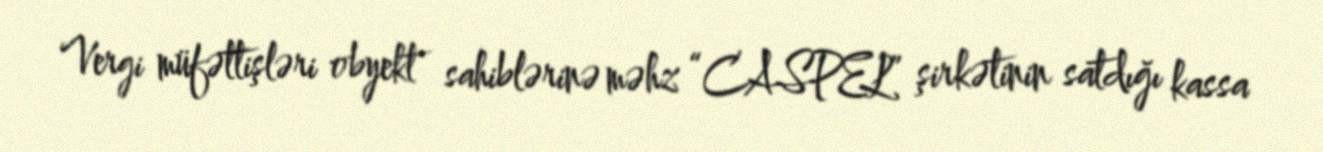
Vergi müfəttişləri obyekt sahiblərinə məhz “CASPEL” şirkətinin satdığı kassa